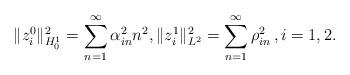
LaTeX: \begin{align*} \|z_{i}^{0}\|^2_{H^1_0}=\sum_{n=1}^\infty\alpha^2_{in} n^2, \|z_{i}^{1}\|^2_{L^2}= \sum_{n=1}^\infty\rho^2_{in}\,,i=1,2.\end{align*}